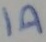
Text: 1A